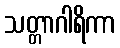
သတ္တာဂါရိကာ